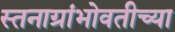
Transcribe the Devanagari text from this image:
स्तनाग्रांभोवतीच्या